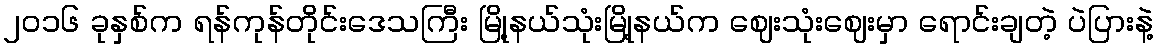
၂၀၁၆ ခုနှစ်က ရန်ကုန်တိုင်းဒေသကြီး မြို့နယ်သုံးမြို့နယ်က ဈေးသုံးဈေးမှာ ရောင်းချတဲ့ ပဲပြားနဲ့